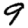
Digit: 9